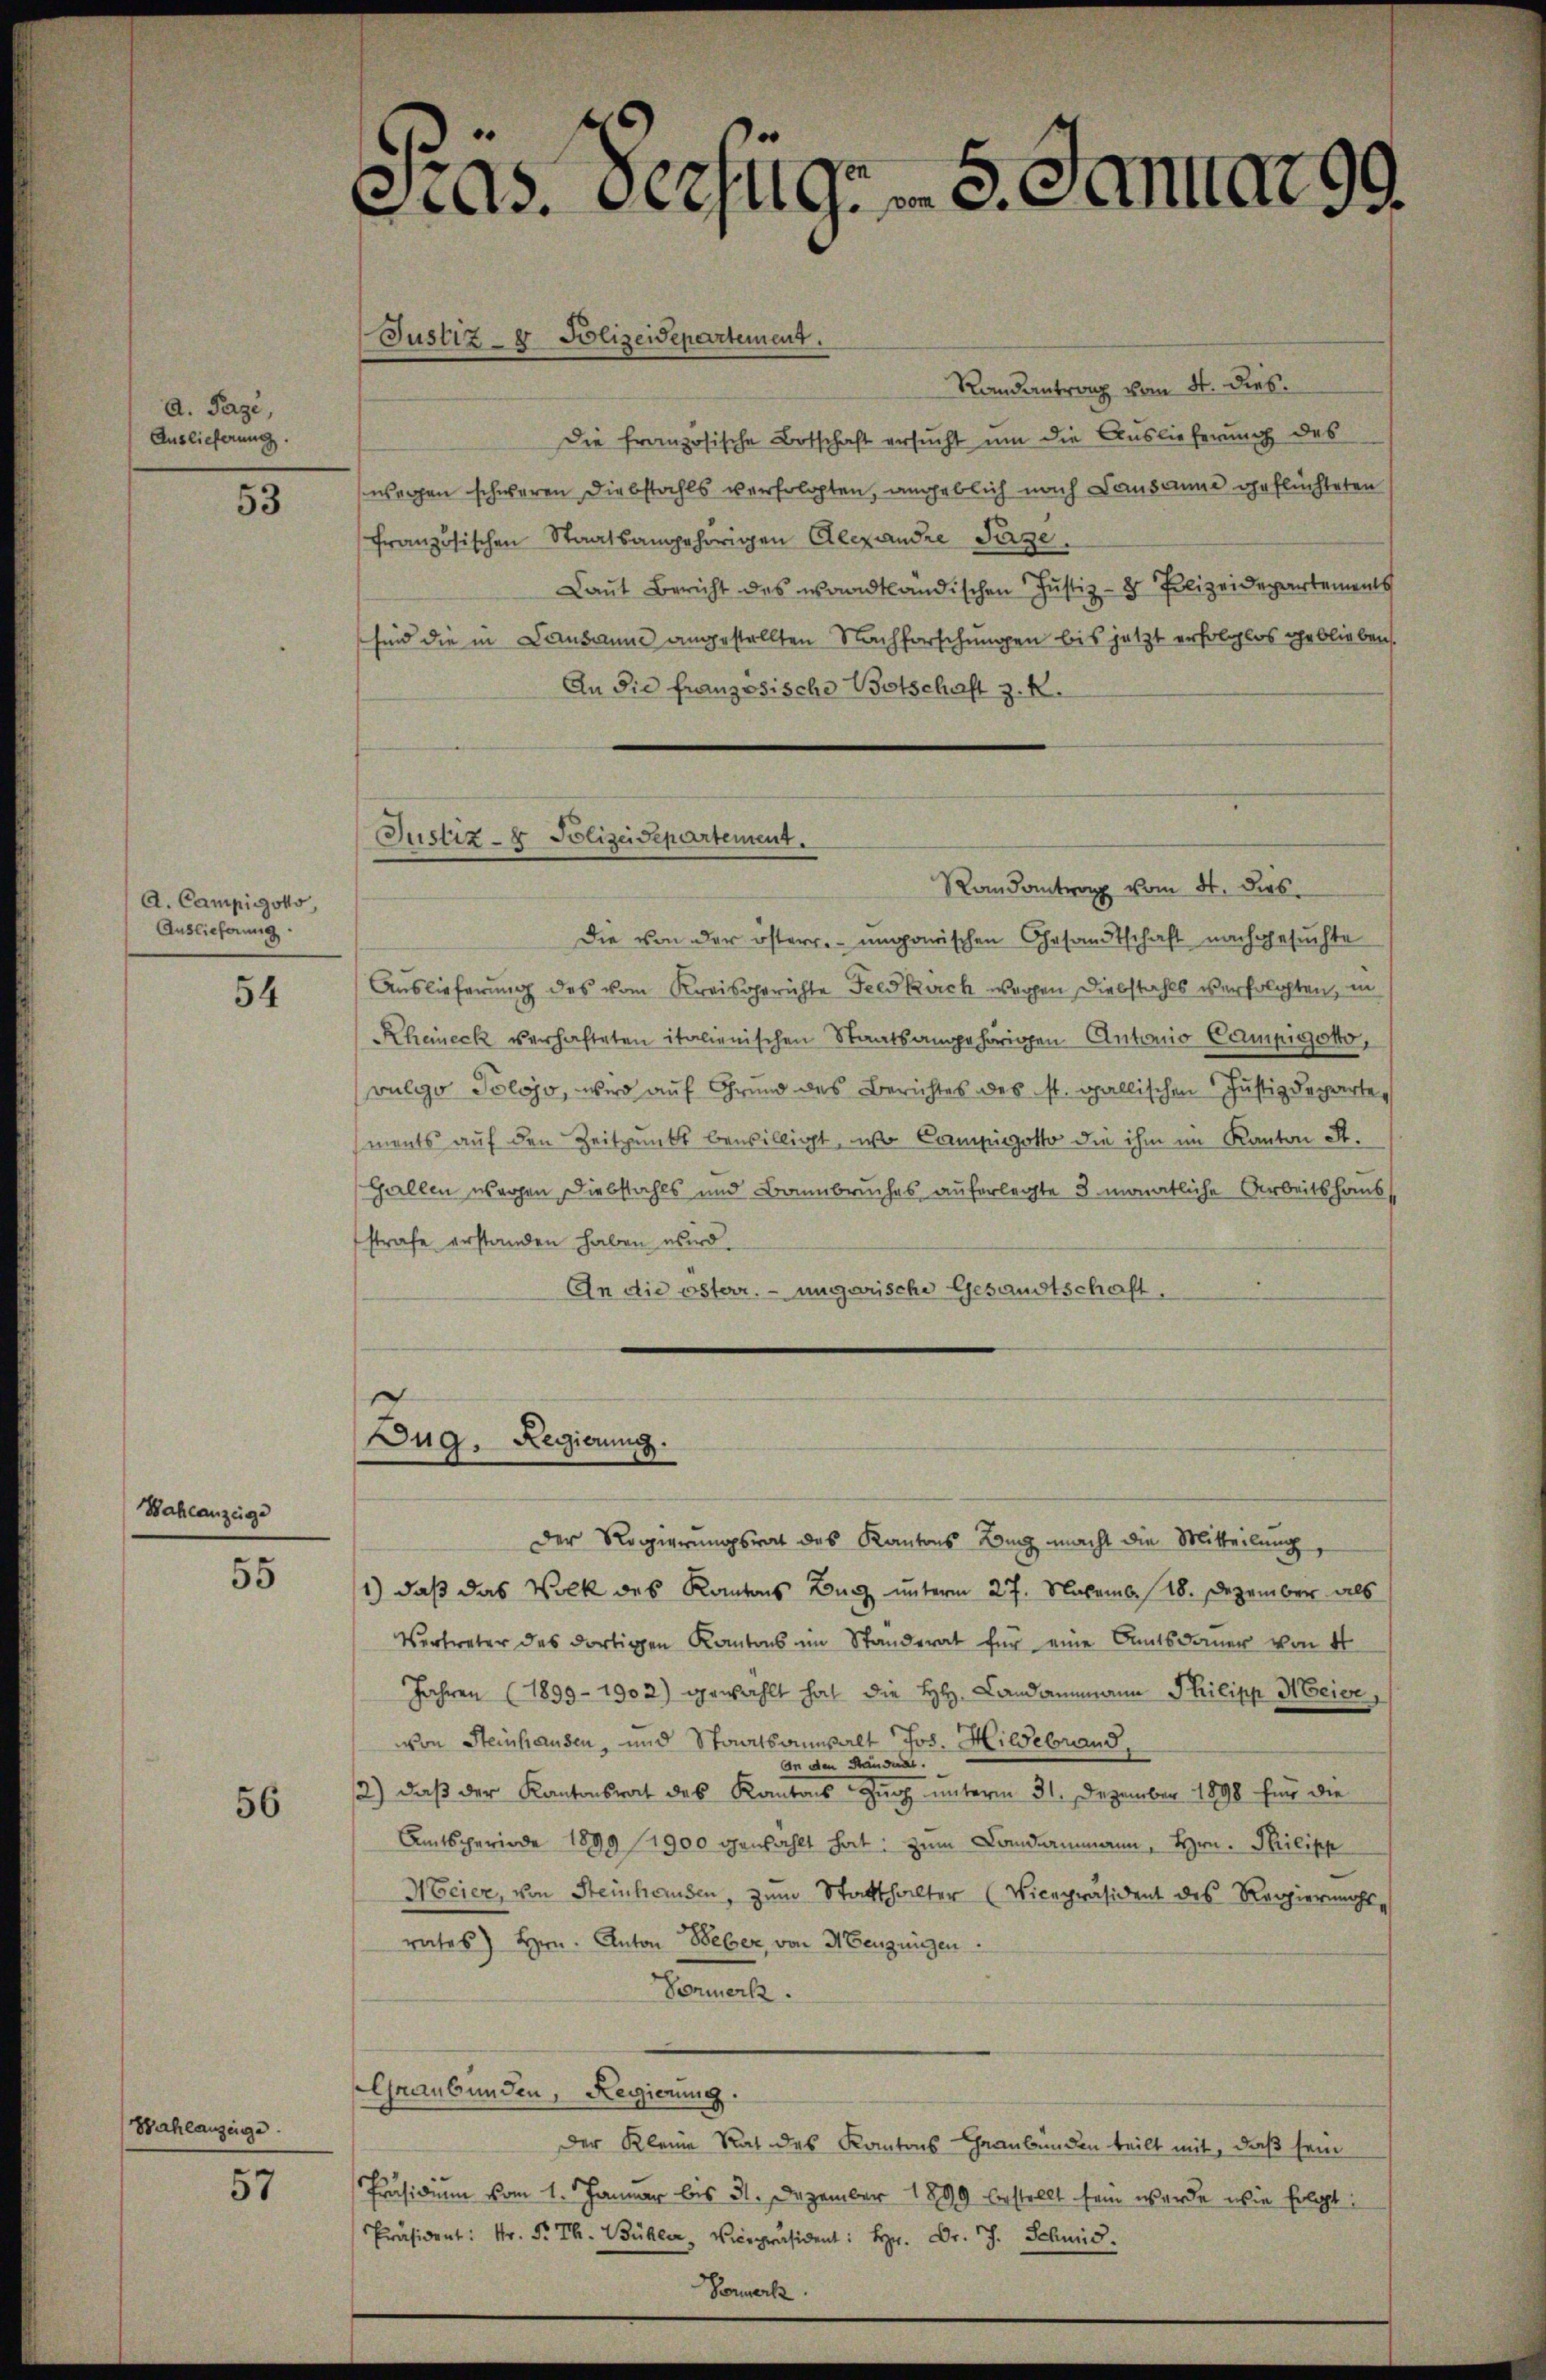
a. Page,
Auslieferung.

53

A. Campigoks,
Auslieferung

54

Bahlanzeige

55

56

Wahlanzeige

57

ctas. Verzuge 5. Januar 99.

Justiz- & Polizeidepartement.

Randantrag vom 4. dies
Die französische Botschaft ersucht um die Auslieferung des
wegen schweren Diebstahls verfolgten, angeblich nach Landame geflüchteten
französischen Staatsangehörigen Alexandre Tage.
Laut Bericht des waadtländischen Justiz- & Polizeidepartements
sind die in Lausanne angestellten Nachforschungen bis jetzt erfolglos geblieben.
An die französische Botschaft z. R.
Randantrag vom 4. dies
Die von der österr.-ungarischen Gesandtschaft nachgesuchte
Auslieferung des vom Kreisgerichte Feldkirch wegen Diebstahls verfolgten, in
Rheineck verhafteten italienischen Staatsangehörigen Antonio Campigoto,
vulgo Solojo, wird auf Grund des Berichtes des st. gallischen Justizdeparte
ments auf den Zeitpunkt bewilligt, wo Campigotto die ihm im Kanton St.
Gallen waren Diebstahls und Bannbruches auferlegte 3 monatliche Arbeitshaus
strafe erstanden haben wird.
An die österr. ungarische Gesandtschaft,

Der Regierungsrat des Kantons Lang macht die Mitteilung,
1) daß das Volk des Kantons Buch unterm 27. Novemb. 18. Dezember als
Vertreter des dortigen Kantons im Standerat für eine Amtsdauer von 4
Jahren (1899 - 1902) gewählt hat die H. Landammann Philipp Meier,
von Steinhausen, und Staatsanwalt Jos. Hildebrand,
An den Ständung.
2) daß der Kantonsrat des Kantons Zug unterm 31. Dezember 1898 für die
Amtsperiode 1899 1900 gewählt hat: zum Landammann, Hrn. Philipp
Nocier, von Steinhausen, zum Statthalter (Vicepräsident des Regiermahl
rates Hrn. Anton Weber von Neugungen
Vormerk.
Graubünden, Regierung.
Der Kleine Rat des Kantons Graubünden teilt mit, daß sein
Präsidium vom 1. Januar bis 31. Dezember 1899 bestellt sein werde, wie folgt:
Präsident. . . . . Vicepräsident: Hr. Dr. Sch
Formerk

Justiz- & Polizeidepartement.

s
Zug. Regierung.